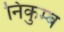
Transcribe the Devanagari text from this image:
निकुम्ब